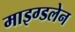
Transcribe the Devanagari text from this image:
माइग्डलेन